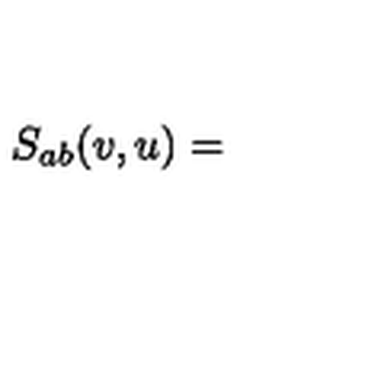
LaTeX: S _ { a b } ( v , u ) =